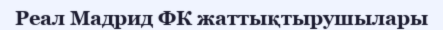
Реал Мадрид ФК жаттықтырушылары